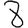
Digit: 8